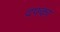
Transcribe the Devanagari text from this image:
दफ्का